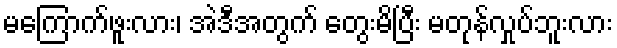
မကြောက်ဖူးလား၊ အဲဒီအတွက် တွေးမိပြီး မတုန်လှုပ်ဘူးလား